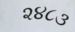
૨૪૮૩